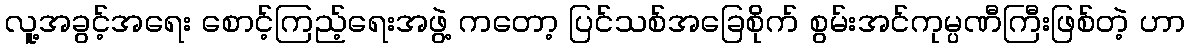
လူ့အခွင့်အရေး စောင့်ကြည့်ရေးအဖွဲ့ ကတော့ ပြင်သစ်အခြေစိုက် စွမ်းအင်ကုမ္ပဏီကြီးဖြစ်တဲ့ ဟာ